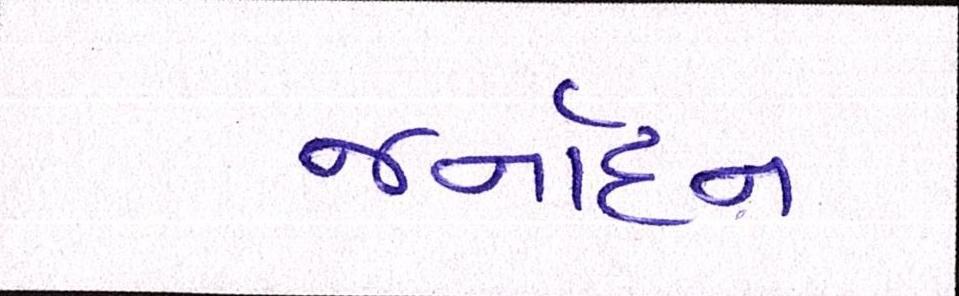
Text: જર્નાદન